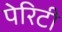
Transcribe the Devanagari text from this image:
पेरिटी